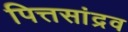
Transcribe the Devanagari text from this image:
पित्तसांद्रव